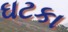
ઘટકા